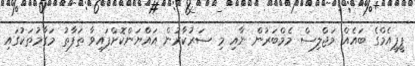
ޕީޕީއެމްގެ ބައެއް މަޖްލިސް މެމްބަރުން ނާއި މި ސަރުކާރުން އައްޔަންކޮށްފައިވާ ތަފާތު މަގާމުތަކުގައި